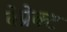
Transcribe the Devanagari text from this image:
वेप्रेक्ट